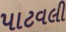
પાટવલી